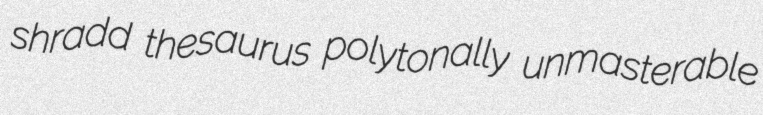
shradd thesaurus polytonally unmasterable